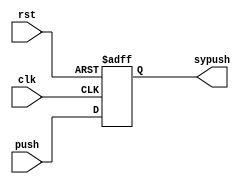
`timescale 1ns / 1ps

module Synchronizer(
    output reg sypush,
    input push,
    input clk,
    input rst
    );

	always @(posedge clk or posedge rst)
	begin		
	
		if(rst)
			sypush <= 0;
		else
			sypush <= push;
		
	end 

endmodule